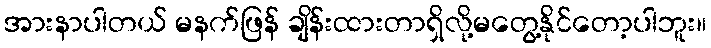
အားနာပါတယ် မနက်ဖြန် ချိန်းထားတာရှိလို့မတွေ့နိုင်တော့ပါဘူး။